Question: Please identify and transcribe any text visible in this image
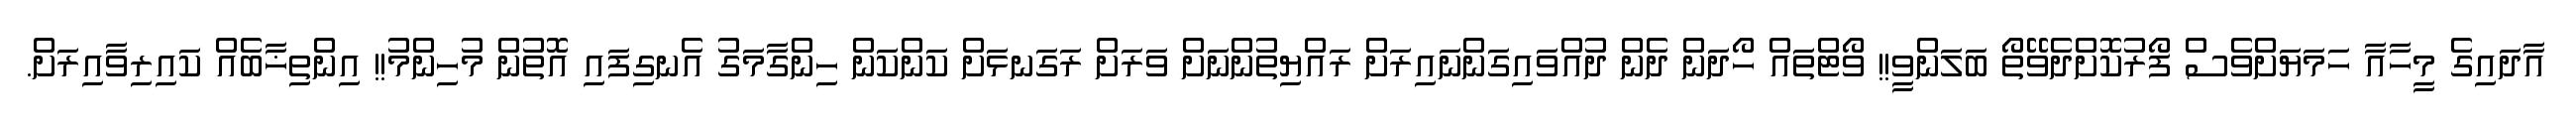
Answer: އާދައިގެ މީހާއާ ހަމަޔަށްވެސް ފޯރުކޮށްދެވޭތޯ ބަލަންވީ!! ވޯޓްތައް ހޯދަން ދެން ދުއްވައިގަންނައިރަށް ރައްޔިތުންނަށް ވަރަށް ރަގަނޅަށް ކަންކަން ހިންގާމަގު އެނގިފައި އޮތުން މުހިންމު!! އިންތިޚާބެއް ކައިރިވާއިރަށް.